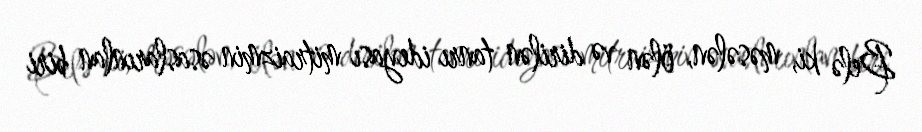
Belə ki, məsələn, ölən və dirilən tanrı ideyası mitraizmin əsaslarınlan biri